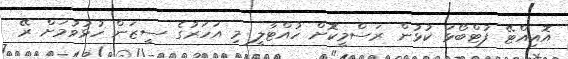
އޮއިއްޓޭ ފުޓްބޯޅަ ކުޅުން ރަސްމީކޮށް ހުއްޓާލީ މި އަހަރުގެ ސީޒަން ހުޅުވުމަށް ރޭ